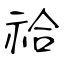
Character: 祫